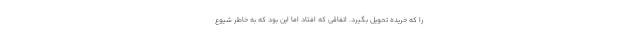
را که خریده تحویل بگیرد. اتفاقی که افتاد اما این بود که به خاطر شیوع